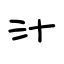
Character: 汁